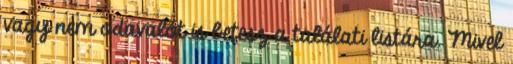
vagy nem odavalót is betesz a találati listára. Mivel